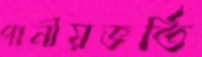
পানীয়ভর্তি